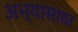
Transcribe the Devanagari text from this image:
अभ्यासावा